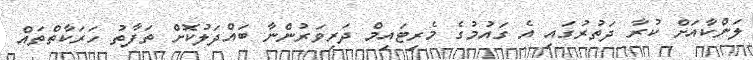
ލަންކާއަށް ކުރާ ދަތުރުގައި އެ ގައުމުގެ މެރިޓައިމް ދަރިވަރުންނާ ބައްދަލުކޮށް ތަފާތު ހަރަކާތްތައް